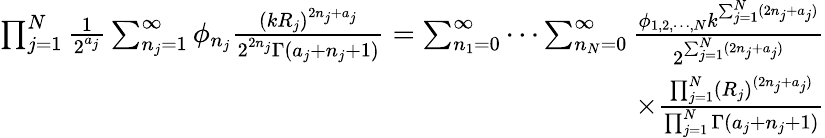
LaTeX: \begin{array}{r}{\prod_{j=1}^{N}\frac{1}{2^{a_{j}}}\sum_{n_{j}=1}^{\infty}\phi_{n_{j}}\frac{(kR_{j})^{2n_{j}+a_{j}}}{2^{2n_{j}}\Gamma(a_{j}+n_{j}+1)}=\sum_{n_{1}=0}^{\infty}\cdots\sum_{n_{N}=0}^{\infty}\frac{\phi_{1,2,\cdots,N}k^{\sum_{j=1}^{N}(2n_{j}+a_{j})}}{2^{\sum_{j=1}^{N}(2n_{j}+a_{j})}}}\\ {\times\frac{\prod_{j=1}^{N}(R_{j})^{(2n_{j}+a_{j})}}{\prod_{j=1}^{N}\Gamma(a_{j}+n_{j}+1)}}\end{array}